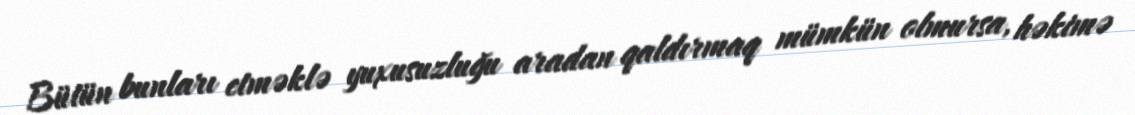
Bütün bunları etməklə yuxusuzluğu aradan qaldırmaq mümkün olmursa, həkimə